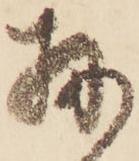
扨